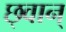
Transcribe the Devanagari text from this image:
छ्वान्